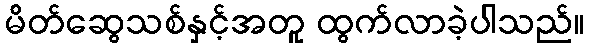
မိတ်ဆွေသစ်နှင့်အတူ ထွက်လာခဲ့ပါသည်။